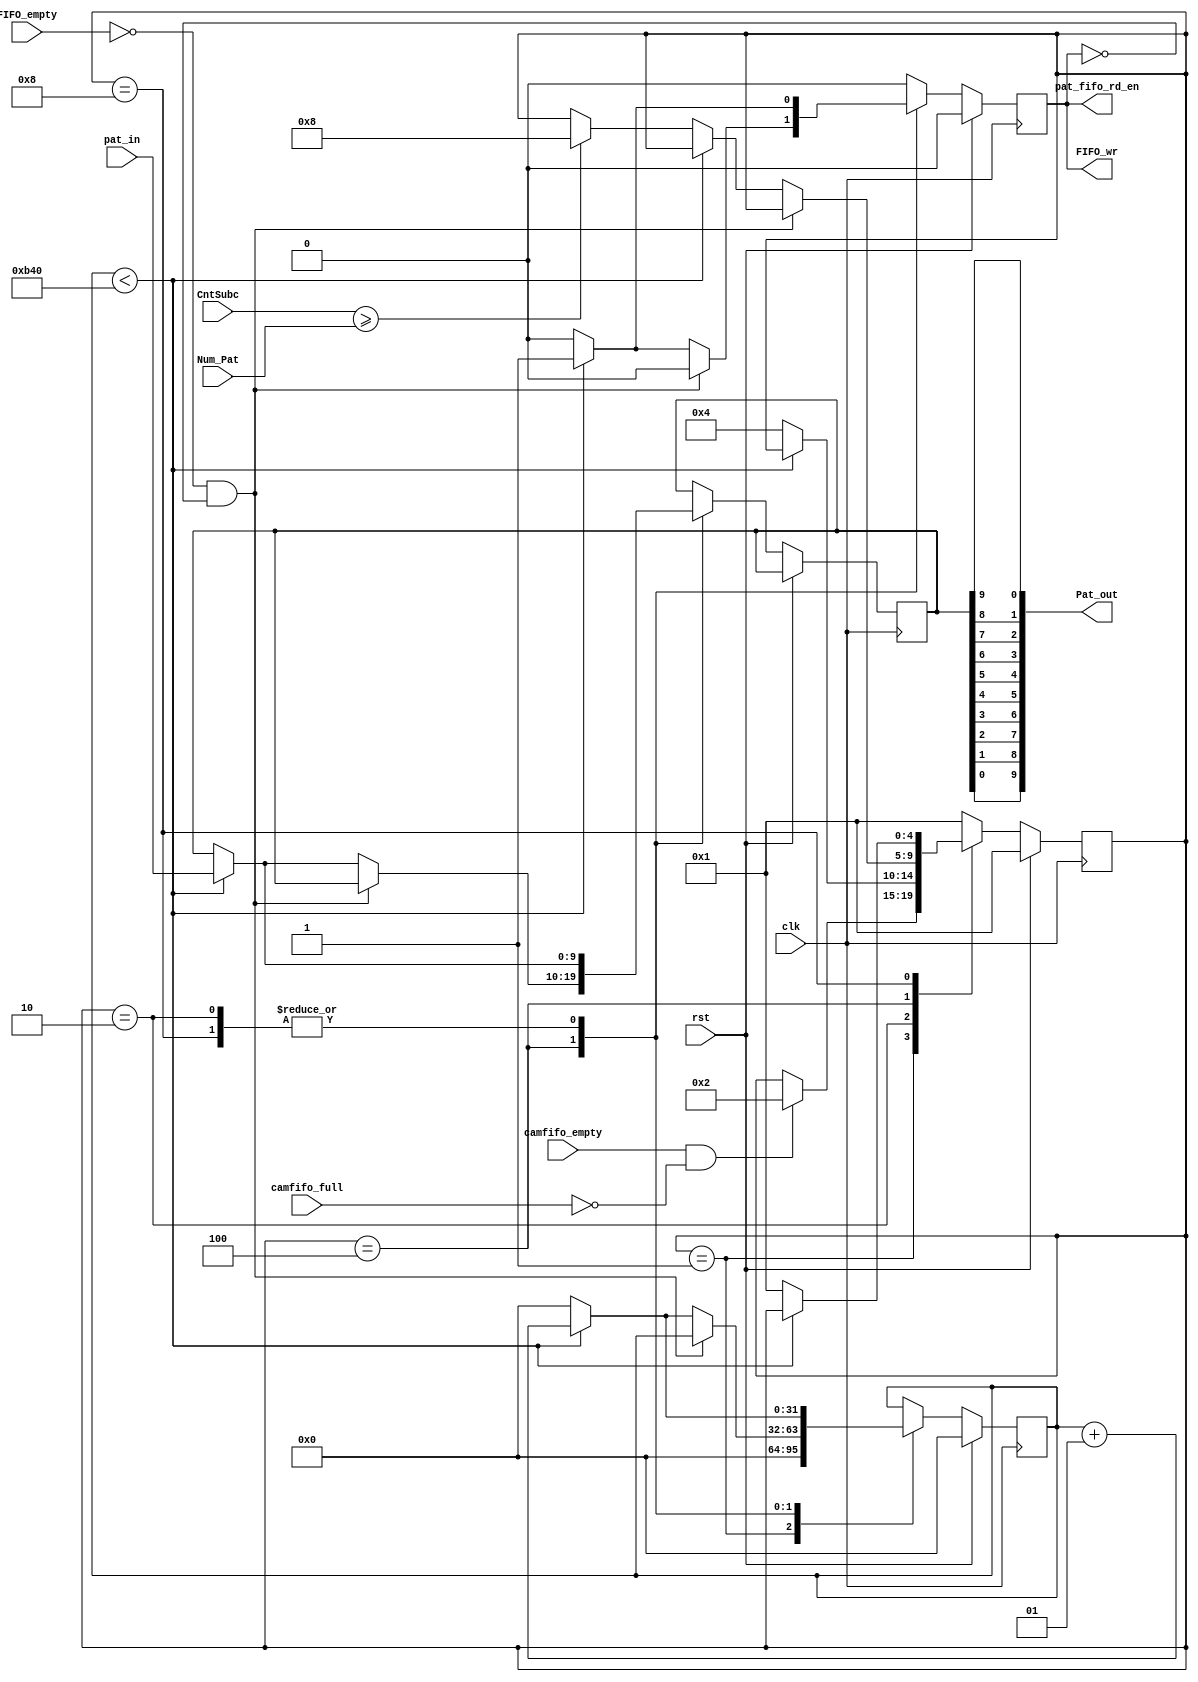
`timescale 1ns / 1ps
//////////////////////////////////////////////////////////////////////////////////
// Company: 
// Engineer: 
// 
// Design Name: 
// Module Name:    load_pattern 
// Project Name: 
// Target Devices: 
// Tool versions: 
// Description: 
//
// Dependencies: 
//
// Revision: 
// Revision 0.01 - File Created
// Additional Comments: 
//
//////////////////////////////////////////////////////////////////////////////////

module load_pattern(
	input wire rst,
	input wire clk,
	
	input wire [9:0] pat_in,
	output reg pat_fifo_rd_en,
	
	input wire [31:0] Num_Pat,			// Number of patterns applied to the imager.
	input wire [31:0] CntSubc,
	// input FSMIND0,					// If high, the Exposure FSM (on OK) is active
	input wire FIFO_empty,
	input wire camfifo_empty,
	input wire camfifo_full,
	
	output reg FIFO_wr,
	output wire [9:0] Pat_out
	);
	
// -- Parameters
	parameter S_init = 5'b00001;
	parameter S_subc_first = 5'b00010;	// state of the pattern generation of the first scence (unexposed)
	parameter S_subc_pats = 5'b00100;	// state of the exposed pattern generations
	parameter S_subc_last = 5'b01000;	// state of the pattern generation of the last scene (unexposed)
	parameter C_NUM_ROWS = 160;			// Number of pixel rows in the sensor
	parameter Pat_all1 = 10'b1111111111;
	parameter Pat_Blank = 10'b0;

//----------------------------------------------------------------------------
// Implementation
//----------------------------------------------------------------------------

	reg	[9:0] Pat_i;
	integer cntPat;

	initial	begin
		FIFO_wr <= 0;
		pat_fifo_rd_en <= 0;
		cntPat <= 0;
	end


   (* FSM_ENCODING="ONE-HOT", SAFE_IMPLEMENTATION="YES", SAFE_RECOVERY_STATE="S_subc_first" *) reg [4:0] state = S_init;

   always@(negedge clk)
      if (rst) begin
         state <= S_init;
			FIFO_wr <= 0;
			cntPat <= 0;
			pat_fifo_rd_en <= 0;
      end
		
      else begin
			pat_fifo_rd_en <= 0;
			FIFO_wr <= 0;
			
         (* PARALLEL_CASE *) case (state)
            
				S_init : begin
//					state <= S_subc_first;
					cntPat <= 0;
					if (camfifo_empty && (!camfifo_full))
						state <= S_subc_first;
            end
				
            S_subc_first : begin
				
					if(cntPat < C_NUM_ROWS*18) begin
						FIFO_wr <= 1;
						cntPat <= cntPat + 1;
						pat_fifo_rd_en <= 1;
						Pat_i <= pat_in;
					end 
					
					else begin
						cntPat <= 0;
						state <= S_subc_pats;
					end
				end
				
            S_subc_pats : begin
					
					if ((~FIFO_empty) && (~FIFO_wr))
						FIFO_wr <= 0;
					
					else if (cntPat < C_NUM_ROWS*18) begin
						cntPat <= cntPat + 1;
						FIFO_wr <= 1;
						pat_fifo_rd_en <= 1;
						Pat_i <= pat_in;
					end 
					
					else if (CntSubc >= Num_Pat) begin
						cntPat <= 0;
						state <= S_subc_last;
					end
					
					else
						cntPat <= 0;
            end
				
            S_subc_last : begin
					if (cntPat < C_NUM_ROWS*18) begin
						FIFO_wr <= 1;
						cntPat <= cntPat + 1;
						pat_fifo_rd_en <= 1;
						Pat_i <= pat_in;
					end else begin
						cntPat <= 0;
						state <= S_init;
					end
            end
				
            default : begin  // Fault Recovery
               state <= S_init;
            end   
         endcase
		end
	
//	assign Pat_out = Pat_i;
	genvar i;
	generate
	for (i=0; i<10; i=i+1) begin
		assign Pat_out[i] = Pat_i[9-i];// && 10'h000;
	end
	endgenerate
	
endmodule